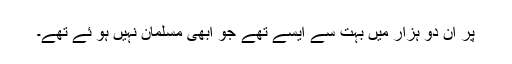
پر ان دو ہزار میں بہت سے ایسے تھے جو ابھی مسلمان نہیں ہو ئے تھے۔